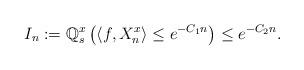
LaTeX: \begin{align*}I_n: = \mathbb Q_s^x \left( \langle f, X_n^x \rangle \leq e^{-C_1 n} \right) \leq e^{- C_2 n }. \end{align*}